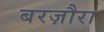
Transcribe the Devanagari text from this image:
बरज़ौरा